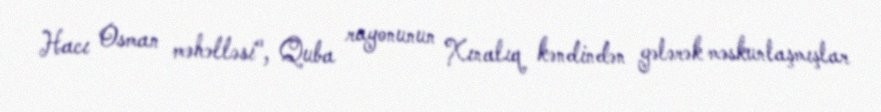
Hacı Osman məhəlləsi", Quba rayonunun Xınalıq kəndindən gələrək məskunlaşmışlar